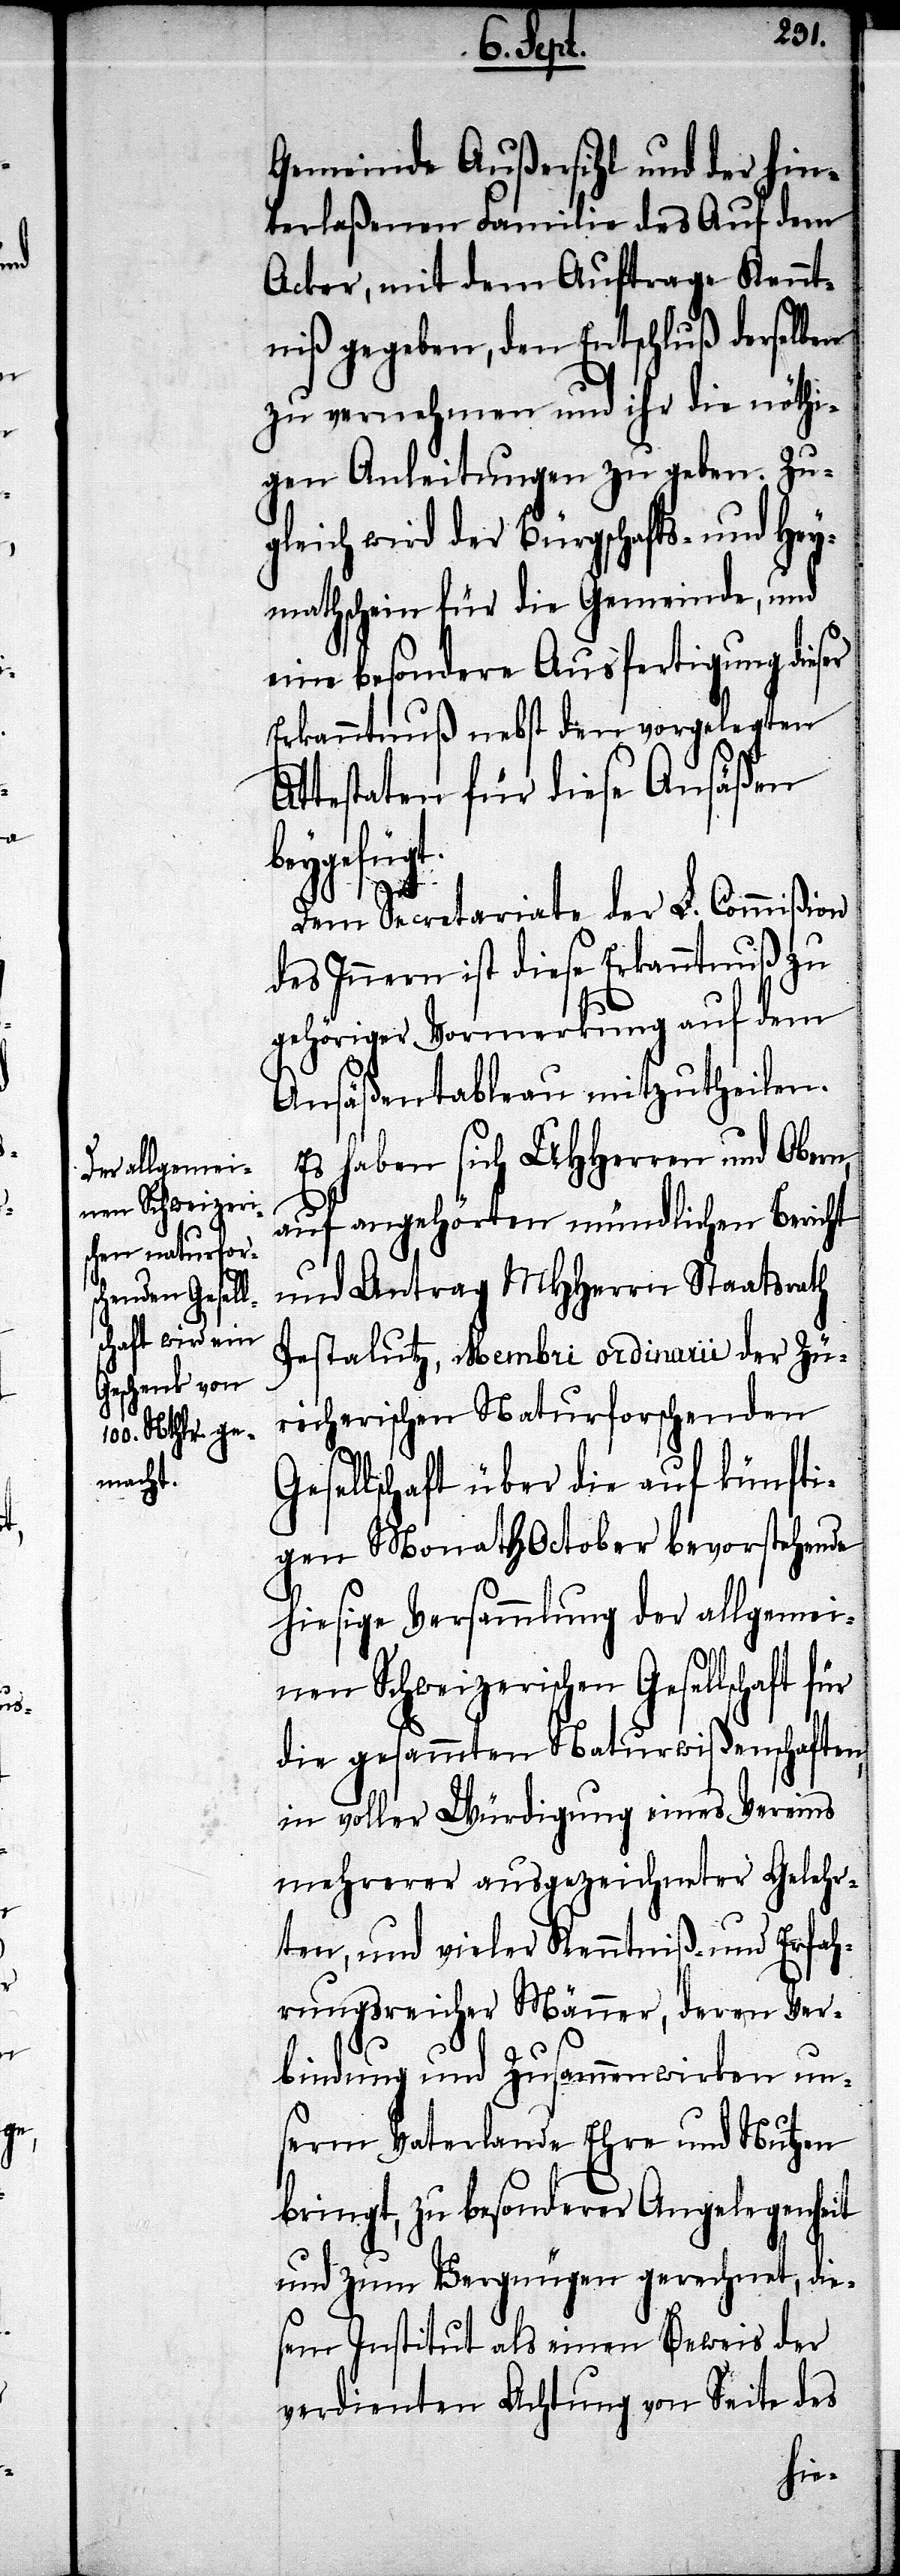
Gemeinde Außersihl und der hin¬
terlaßenen Familie des Auf dem
Acker, mit dem Auftrage Kennt¬
niß gegeben, den Entschluß derselben
zu vernehmen und ihr die nöthi¬
gen Anleitungen zu geben. Zu¬
gleich wird der Bürgschafts- und Hey¬
mathschein für die Gemeinde, und
eine besondere Ausfertigung dies¬
Erkanntnuß nebst den vorgelegten
ttestaten für diese Ansäßen
beygefügt.
er
Dem Secretariate der L. Commißion
des Innern ist diese Erkanntnuß zu
gehöriger Vormerkung auf dem
A¬
Ansäßentableau mitzutheilen.
Es haben sich UHHerren und Obern,
auf angehörten mündlichen Bericht
und Antrag MHHerren Staatsrath
Pestalutz, Membri ordinarii der Zü¬
richerischen Naturforschenden
Gesellschaft über die auf künfti¬
gen Monath October hervorstehende
hiesige Versammlung der allgemei¬
nen Schweizerischen Gesellschaft für
die gesammten Naturwißenschaften,
in voller Würdigung eines Vereins
mehrerer ausgezeichneter Gelehr¬
ten, und vieler Kenntniß- und Erfah¬
rungsreicher Männer, deren Ver¬
bindung und Zusammenwirken un¬
serm Vaterlande Ehre und Nutzen
bringt, zu besonderer Angelegenheit
und zum Vergnügen gerechnet, die¬
sem Institut als einen Beweis der
verdienten Achtung von Seite des